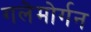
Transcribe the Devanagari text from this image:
गलेमोर्गन